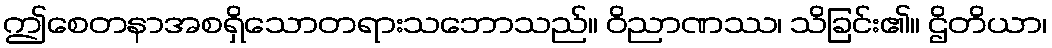
ဤစေတနာအစရှိသောတရားသဘောသည်။ ဝိညာဏဿ၊ သိခြင်း၏။ ဌိတိယာ၊